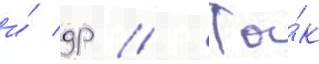
и́ др // Та́к